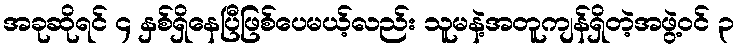
အခုဆိုရင် ၄ နှစ်ရှိနေပြီဖြစ်ပေမယ့်လည်း သူမနဲ့အတူကျန်ရှိတဲ့အဖွဲ့ဝင် ၃